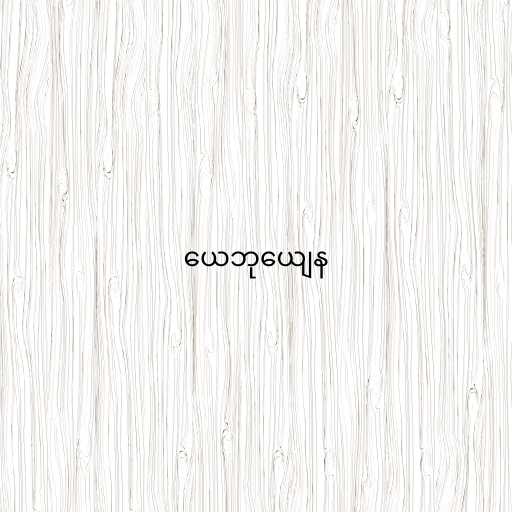
ယေဘုယျေန